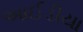
આઈડીયા